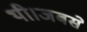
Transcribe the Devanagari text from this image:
थी।जबसे